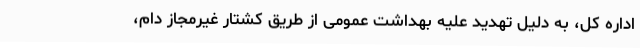
اداره کل، به دلیل تهدید علیه بهداشت عمومی از طریق کشتار غیرمجاز دام،